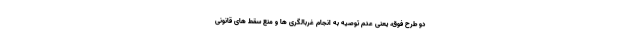
دو طرح فوق، یعنی عدم توصیه به انجام غربالگری ها و منع سقط های قانونی